Saaremaa_Toiduainetetoostuse_Kombinaat, lk 12
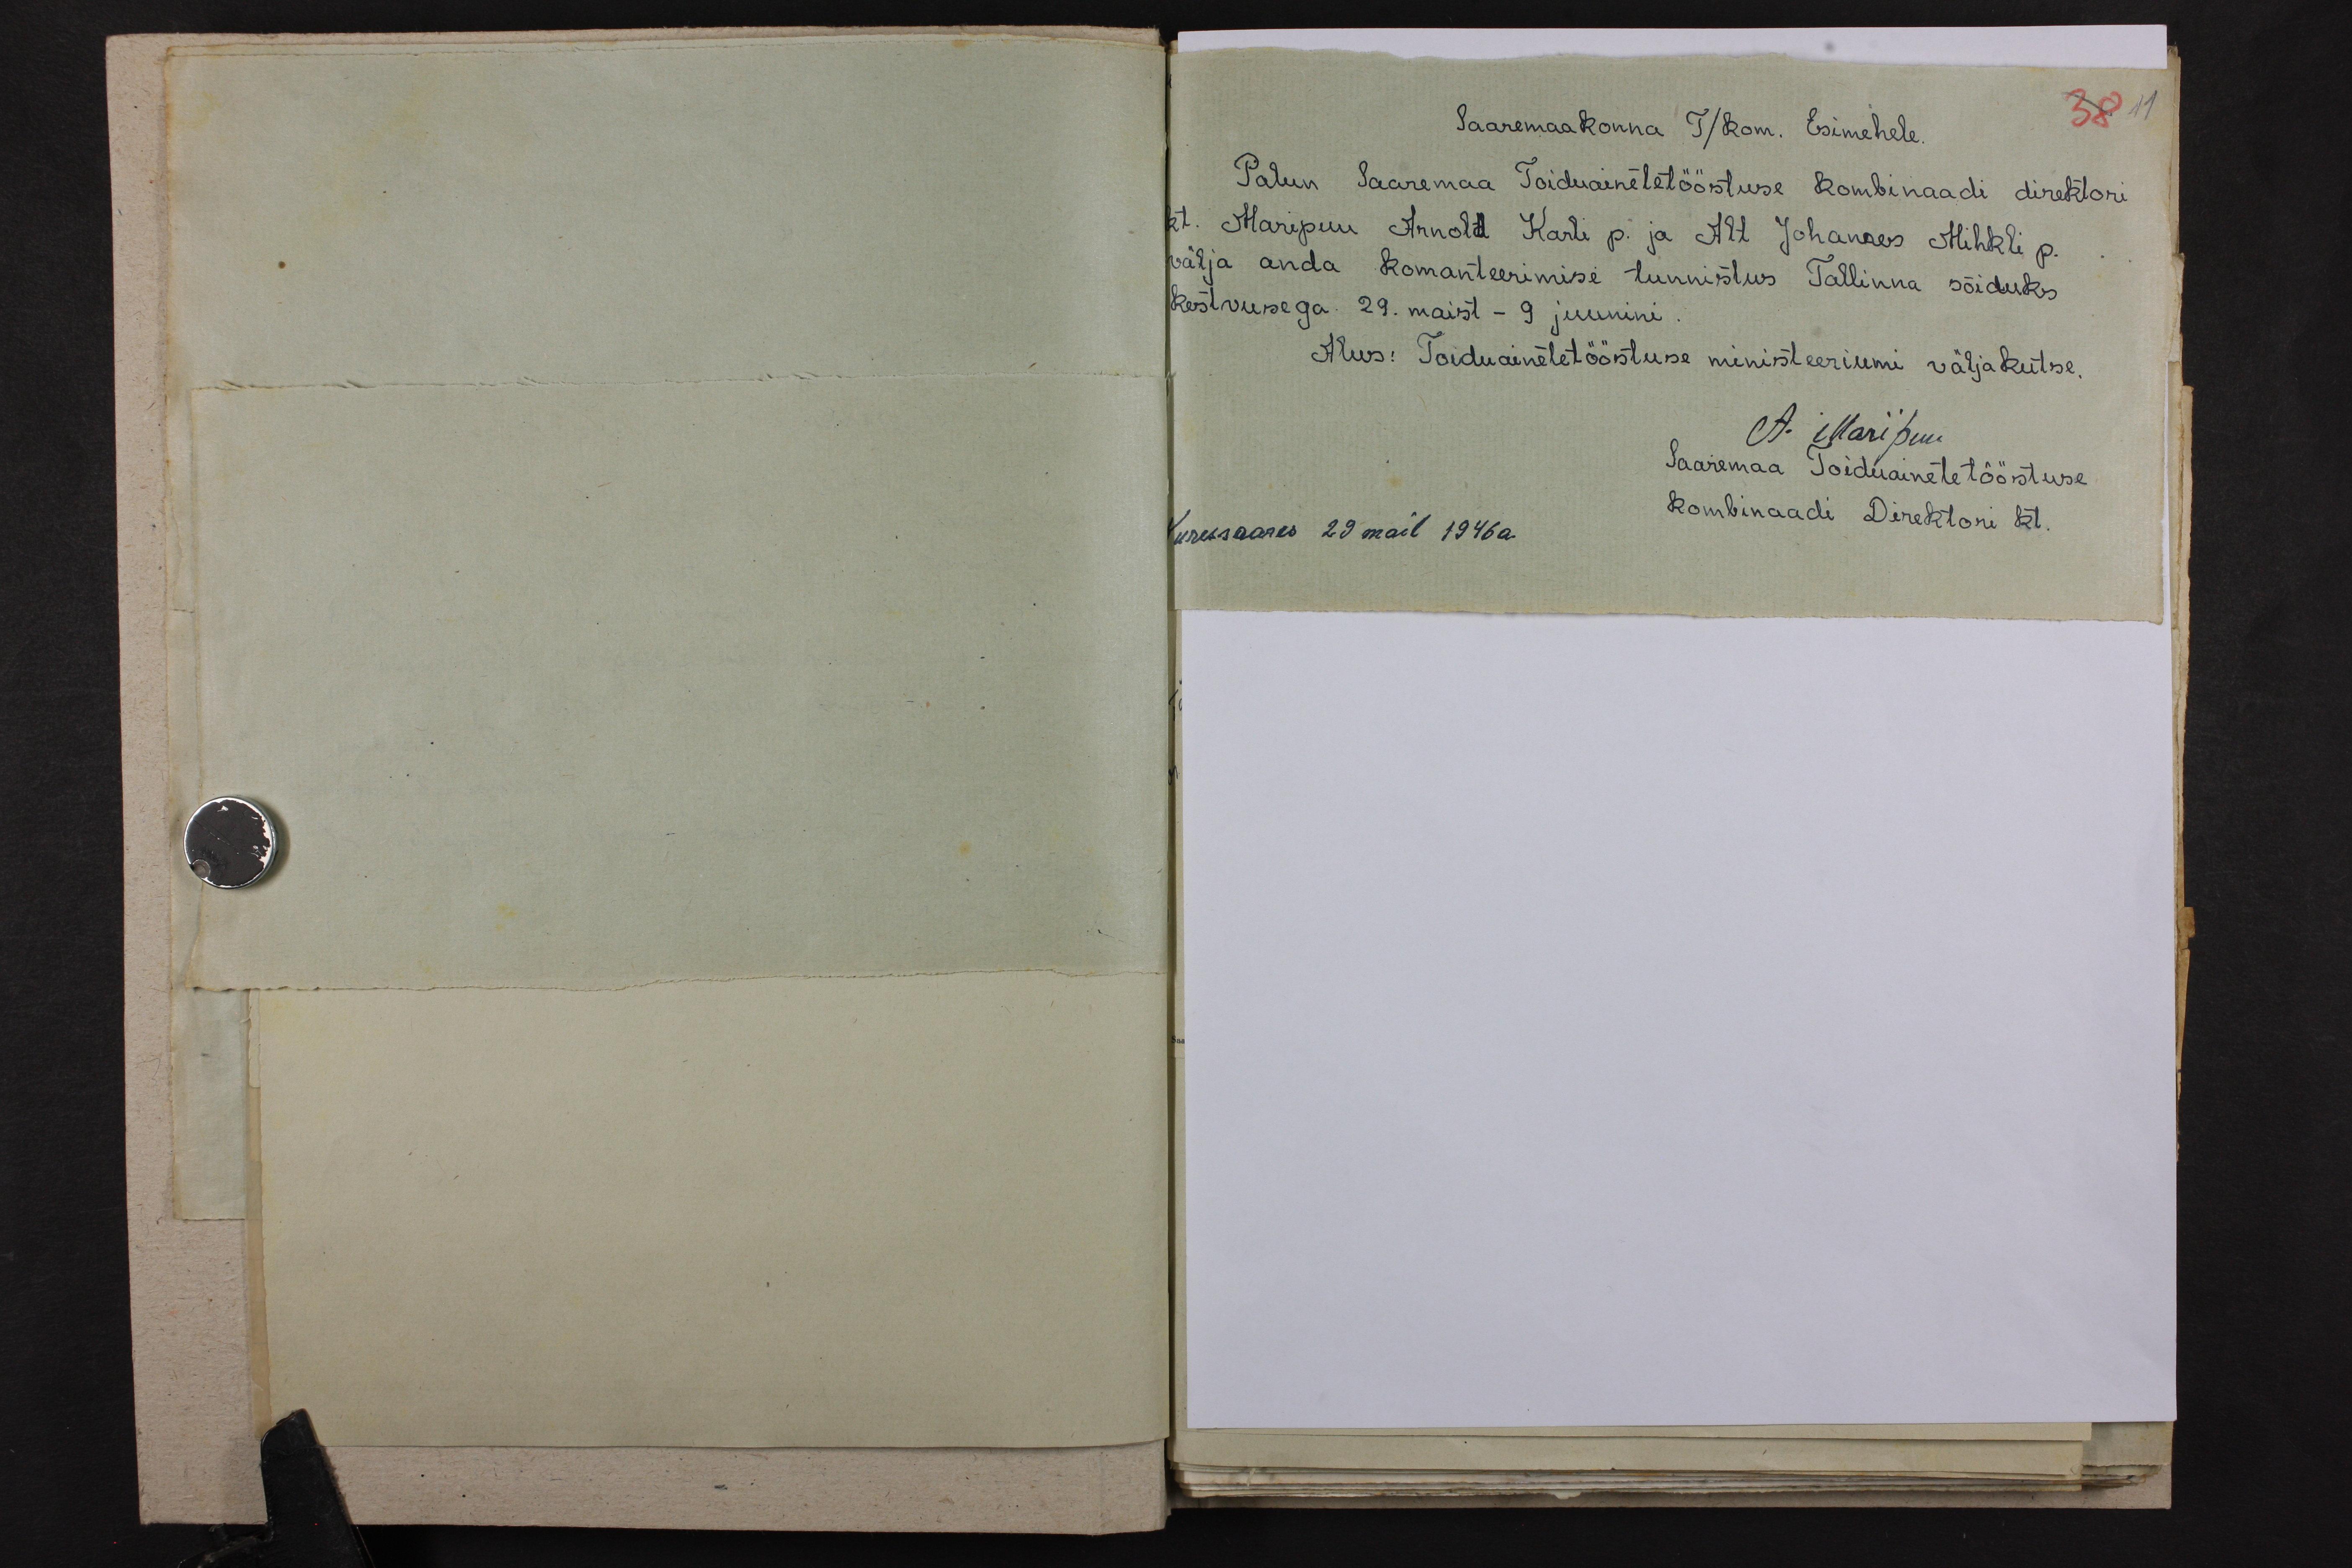
Saaremaakonna T/Kom. Esimehele
38
Palun Saaremaa Toiduainetetööstuse kombinaadi direktori
kt. Maripuu Arnold Karli p. ja All Johannes Mihkli p.
välja anda komanteerimise tunnistus Tallinna sõiduks
kestvusega 29. maist - 9 juunini.
Alus: Toiduainete tööstuse ministeeriumi väljakutse
A. Maripuu
Saaremaa Toiduainete tööstuse
kombinaadi Direktori kt.
Kuressaares 29 mail 1946 a